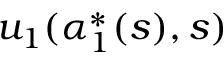
u _ { 1 } ( \alpha _ { 1 } ^ { * } ( s ) , s )